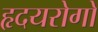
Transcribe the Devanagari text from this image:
हृदयरोगो